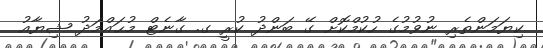
ކިޔަމަންތެރި ނުވުމުގެ ހުކުމްކޮށް ގޭ ބަންދު ކުރީ ގ. ގާނެޓް މުޙައްމަދު ޝިޔާއު